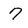
Character: 7